Triennial report on the lunatic asylums in the province of Eastern Bengal and Assam - 1903-1911
Year: 1903
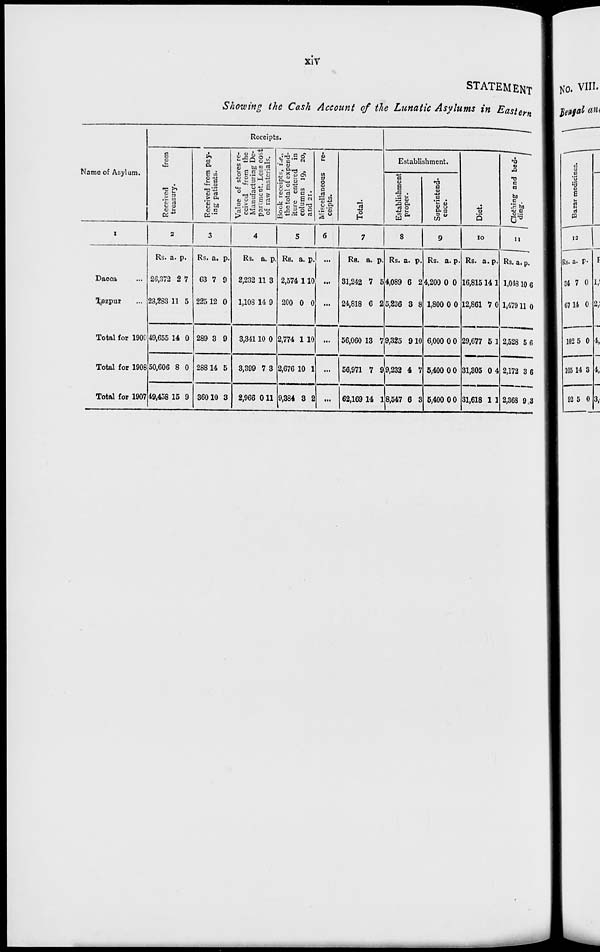
xiv
STATEMENT
Showing the Cash Account of the Lunatic Asylums in Eastern
Name of Asylum.
1
Dacca ...
Tezpur ...
Total for 1909
Total for 1908
Total for 1907
Receipts.
Received
from
treasury.
2
Rs.
26,372
23,283
49,655
50,606
49,458
a.
2
11
14
8
15
p.
27
5
0
0
9
Received from pay-
ing patients.
3
Rs.
63
225
289
288
360
a.
7
12
3
14
10
p.
9
0
9
5
3
Value of stores re-
ceived from the
Manufacturing De-
partment. Less cost
of raw materials.
4
Rs.
2,232
1,108
3,341
3,399
2,966
a.
11
14
10
7
0
p.
3
9
0
3
11
Book receipts, i.e.,
the total of expend-
iture entered in
columns 19, 20,
and 21.
5
Rs.
2,574
200
2,774
2,676
9,384
a.
1
0
1
10
3
p.
10
0
10
1
2
Miscellaneous re-
ceipts.
6
...
...
...
...
...
...
Total.
7
Rs.
31,242
24,818
56,060
56,971
62,169
a.
7
6
13
7
14
p.
5
2
7
9
1
Establishment.
Establishment
proper.
8
Rs.
4,089
5,236
9,325
9,232
8,547
a.
6
3
9
4
6
p.
2
8
10
7
3
Superintend-
ence.
9
Rs.
4,200
1,800
6,000
5,400
5,400
a.
0
0
0
0
0
p.
0
0
0
0
0
Diet.
10
Rs.
16,815
12,861
29,677
31,305
31,618
a.
14
7
5
0
1
p.
1
0
1
4
1
Clothing and bed-
ding.
11
Rs.
1,048
1,479
2,528
2,172
2,368
a.
10
11
5
3
9
p.
6
0
6
6
3